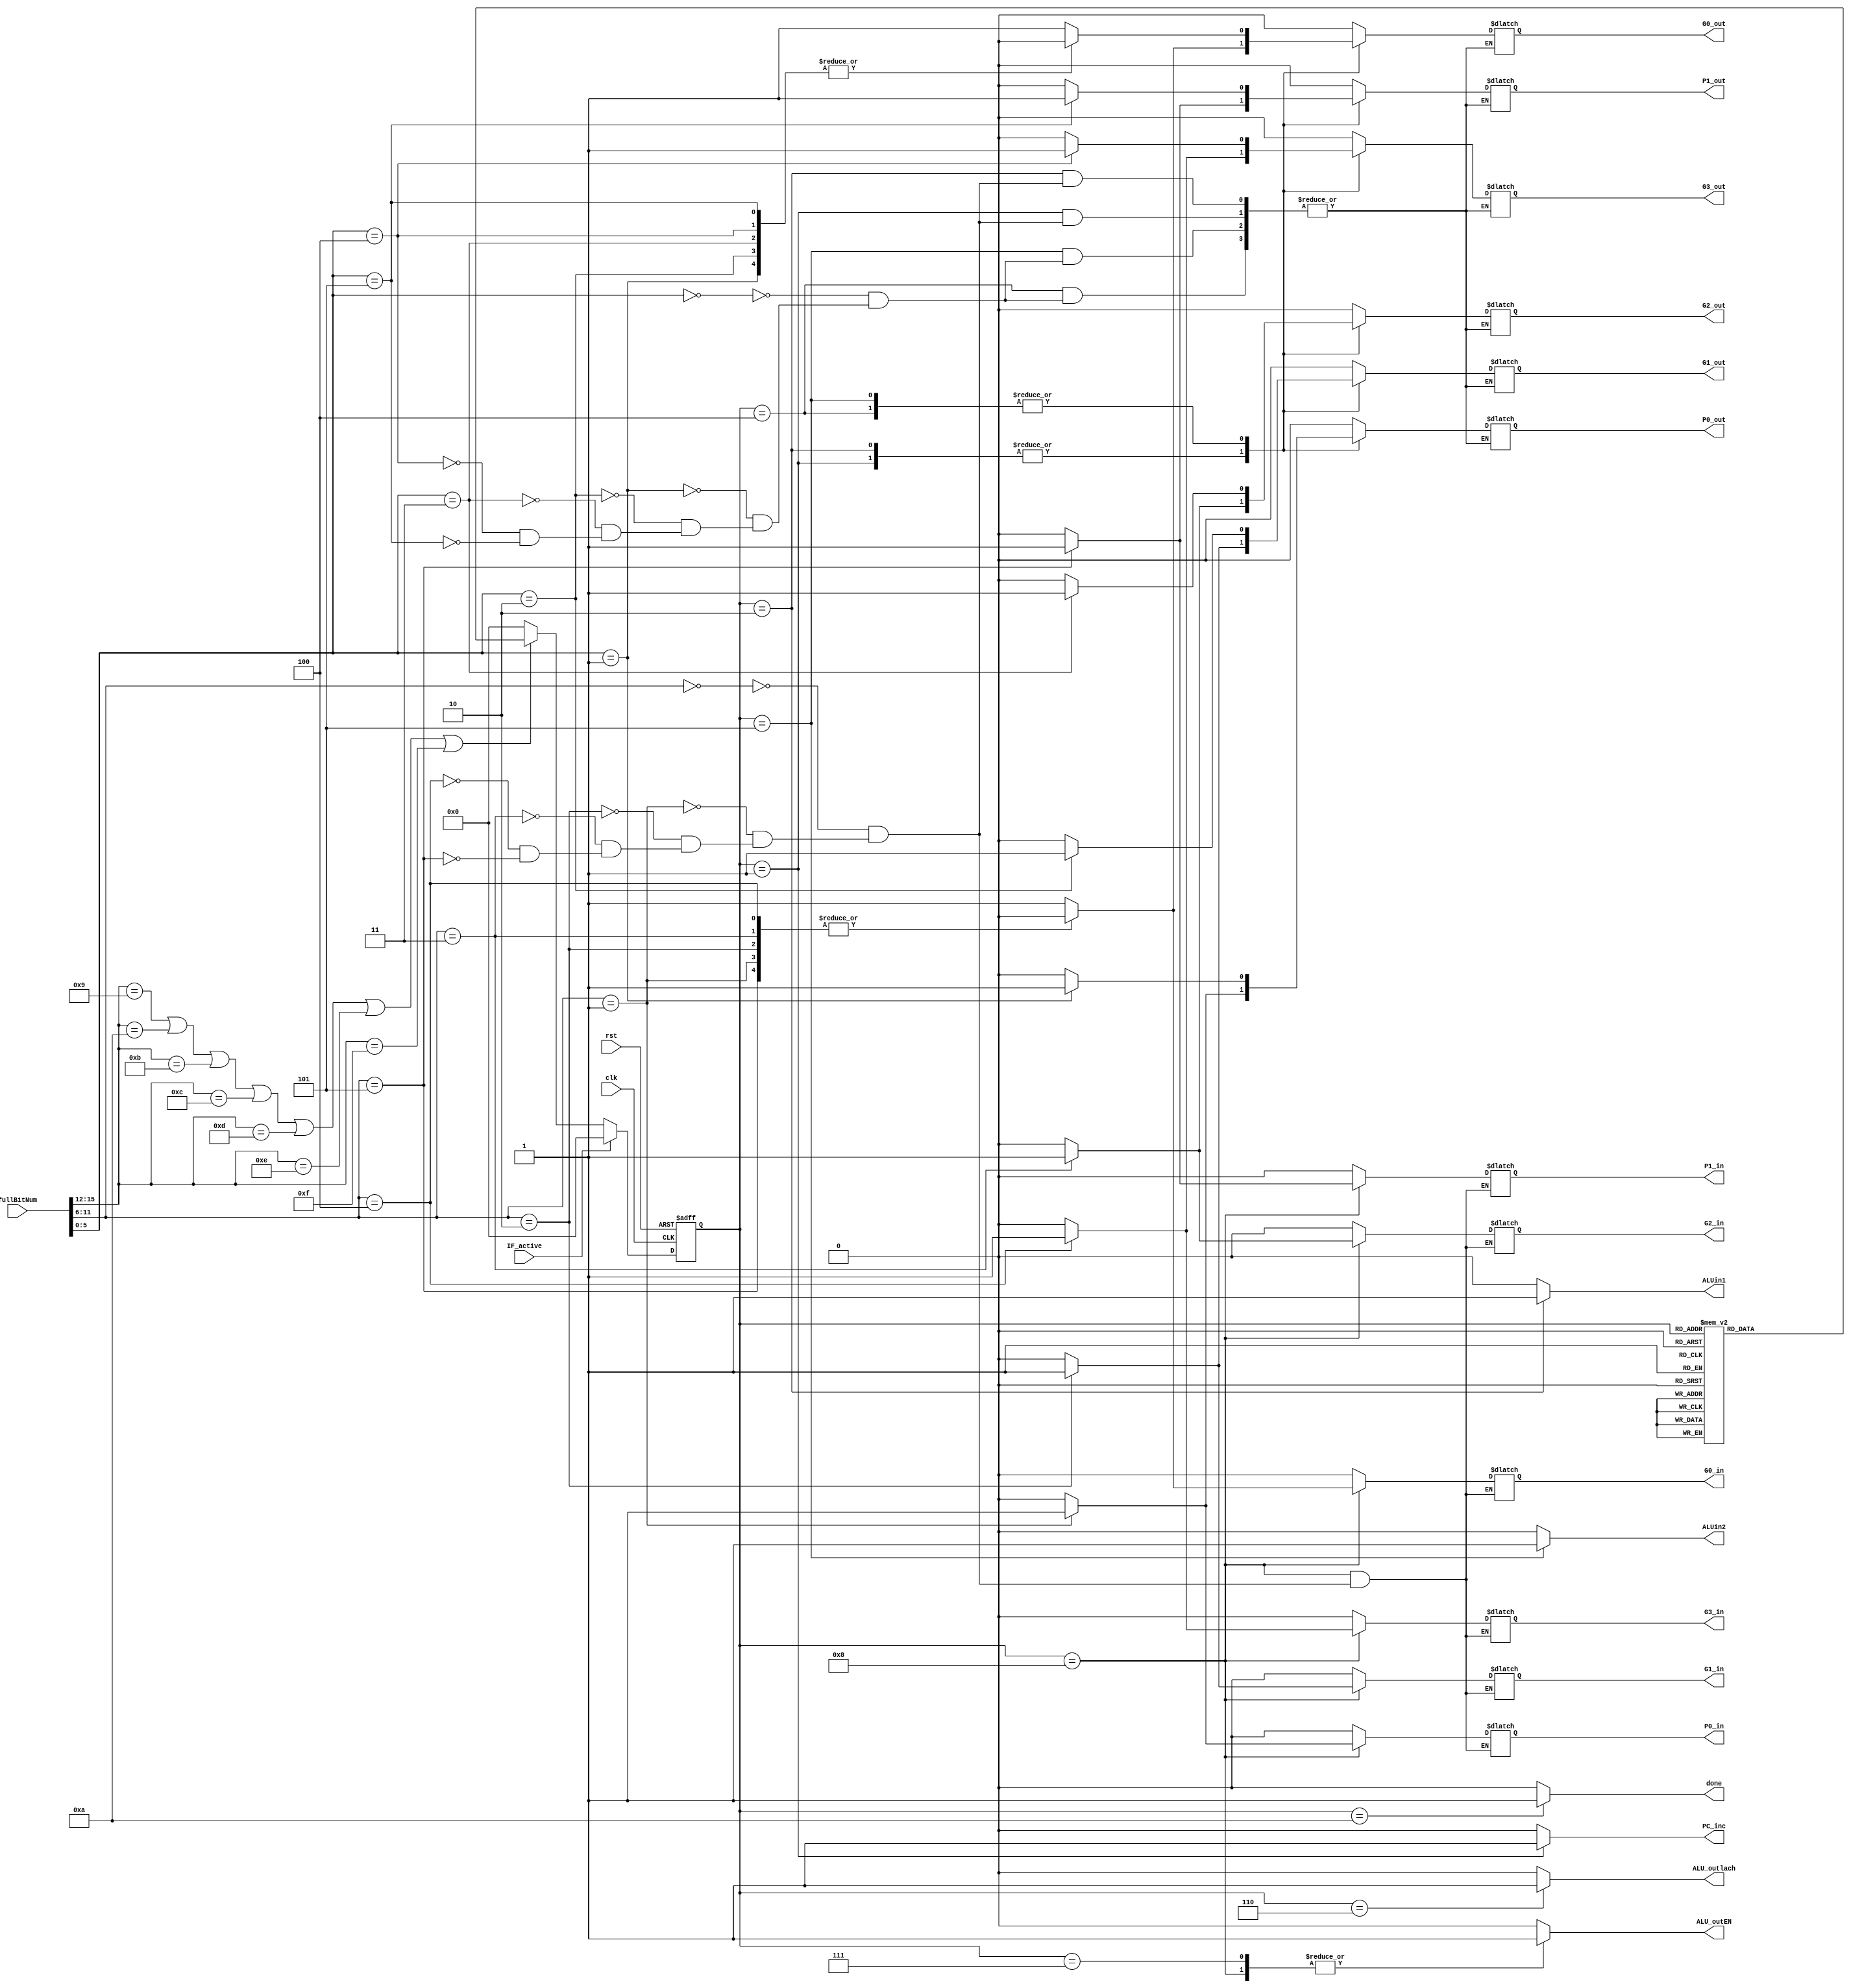
//Hayden Prater
//November 21, 2022
//ALU FSM

`timescale 1ns/10ps

module ALUfsm (clk, rst, fullBitNum, PC_inc, ALUin1, ALUin2, ALU_outlach, ALU_outEN, done,
                G0_in, G0_out, G1_in, G1_out, G2_in, G2_out, G3_in, G3_out, P0_in, P0_out, P1_in, P1_out, IF_active);
input clk, rst, IF_active;
input [15:0] fullBitNum;
output reg G0_in, G0_out, G1_in, G1_out, G2_in, G2_out, G3_in, G3_out, P0_in, P0_out, P1_in, P1_out;
output reg PC_inc, ALUin1, ALUin2, ALU_outlach, ALU_outEN, done;
reg [3:0] pres_state, next_state;
    parameter st0 = 4'b0000, st1 = 4'b0001, st2 = 4'b0010, st3 = 4'b0011, st4 = 4'b0100,
              st5 = 4'b0101, st6 = 4'b0110, st7 = 4'b0111, st8 = 4'b1000, st9 = 4'b1001,
              st10 = 4'b1010, st11 = 4'b1011;

wire [3:0]opCode = fullBitNum[15:12];
wire [5:0]param1 = fullBitNum[11:6]; 
wire [5:0]param2 = fullBitNum[5:0];

    always @(posedge clk or posedge rst) 
    begin
        if (rst)
            pres_state <= st0;
        else if (IF_active)
            pres_state <= st0;
        else if (opCode == 4'b1001 || opCode == 4'b1010 || opCode == 4'b1011 || opCode == 4'b1100 || opCode == 4'b1101 || opCode == 4'b1110 || opCode == 4'b1111)
            pres_state <= next_state;
        else 
            pres_state <= st0;
    end

     always @(pres_state) 
    begin
        case (pres_state)
           st0 : next_state <= st1;
           st1 : next_state <= st2;
           st2 : next_state <= st3;
           st3 : next_state <= st4;
           st4 : next_state <= st5;
           st5 : next_state <= st6;
           st6 : next_state <= st7;
           st7 : next_state <= st8;
           st8 : next_state <= st9;
           st9 : next_state <= st10;
           st10 : next_state <= st11;
           st11 : next_state <= st11;
        default: next_state <= st0;
        endcase
    end

    always @(pres_state) 
    begin
        case (pres_state)
//---------------------------st0-----------------------------
        st0: 
            begin
            PC_inc <= 0;
            //Gxout
            G0_out <= 0; G1_out <= 0; G2_out <= 0; G3_out <= 0; P0_out <= 0; P1_out <= 0;
            ALUin1 <= 0;
            ALUin2 <= 0;
            ALU_outlach <= 0;
            ALU_outEN <= 0;
            //Gxin
            G0_in <= 0; G1_in <= 0; G2_in <= 0; G3_in <= 0; P0_in <= 0; P1_in <= 0;
            done <= 0;
            end

//---------------------------st1----------------------------- 
        st1: 
            begin
            PC_inc <= 1;
            //Gxout
             case(param1)
            6'b000000: begin
                G0_out <= 1; G1_out <= 0; G2_out <= 0; G3_out <= 0; P0_out <= 0; P1_out <= 0;
                end
            6'b000001: begin
                G0_out <= 0; G1_out <= 0; G2_out <= 0; G3_out <= 0; P0_out <= 1; P1_out <= 0;
                end
            6'b000010: begin 
                G0_out <= 0; G1_out <= 1; G2_out <= 0; G3_out <= 0; P0_out <= 0; P1_out <= 0;
                end
            6'b000011: begin
                G0_out <= 0; G1_out <= 0; G2_out <= 1; G3_out <= 0; P0_out <= 0; P1_out <= 0;
                end
            6'b000100: begin
                G0_out <= 0; G1_out <= 0; G2_out <= 0; G3_out <= 1; P0_out <= 0; P1_out <= 0;
                end
            6'b000101: begin
                G0_out <= 0; G1_out <= 0; G2_out <= 0; G3_out <= 0; P0_out <= 0; P1_out <= 1;
                end
            endcase
            ALUin1 <= 0;
            ALUin2 <= 0;
            ALU_outlach <= 0;
            ALU_outEN <= 0;
            //Gxin
            G0_in <= 0; G1_in <= 0; G2_in <= 0; G3_in <= 0; P0_in <= 0; P1_in <= 0;
            done <= 0;
            end
//---------------------------st2-----------------------------
        st2: 
            begin
            PC_inc <= 0;
            //Gxout
             case(param1)
            6'b000000: begin
                G0_out <= 1; G1_out <= 0; G2_out <= 0; G3_out <= 0; P0_out <= 0; P1_out <= 0;
                end
            6'b000001: begin
                G0_out <= 0; G1_out <= 0; G2_out <= 0; G3_out <= 0; P0_out <= 1; P1_out <= 0;
                end
            6'b000010: begin 
                G0_out <= 0; G1_out <= 1; G2_out <= 0; G3_out <= 0; P0_out <= 0; P1_out <= 0;
                end
            6'b000011: begin
                G0_out <= 0; G1_out <= 0; G2_out <= 1; G3_out <= 0; P0_out <= 0; P1_out <= 0;
                end
            6'b000100: begin
                G0_out <= 0; G1_out <= 0; G2_out <= 0; G3_out <= 1; P0_out <= 0; P1_out <= 0;
                end
            6'b000101: begin
                G0_out <= 0; G1_out <= 0; G2_out <= 0; G3_out <= 0; P0_out <= 0; P1_out <= 1;
                end
            endcase
            ALUin1 <= 1;
            ALUin2 <= 0;
            ALU_outlach <= 0;
            ALU_outEN <= 0;
            //Gxin
            G0_in <= 0; G1_in <= 0; G2_in <= 0; G3_in <= 0; P0_in <= 0; P1_in <= 0;
            done <= 0;
            end
//---------------------------st3-----------------------------
        st3: 
            begin
            PC_inc <= 0;
            //Gxout
            G0_out <= 0; G1_out <= 0; G2_out <= 0; G3_out <= 0; P0_out <= 0; P1_out <= 0;
            ALUin1 <= 0;
            ALUin2 <= 0;
            ALU_outlach <= 0;
            ALU_outEN <= 0;
            //Gxin
            G0_in <= 0; G1_in <= 0; G2_in <= 0; G3_in <= 0; P0_in <= 0; P1_in <= 0;
            done <= 0;
            end
//---------------------------st4-----------------------------
        st4: 
            begin
           PC_inc <= 0;
            //Gxout
             case(param2)
            6'b000000: begin
                G0_out <= 1; G1_out <= 0; G2_out <= 0; G3_out <= 0; P0_out <= 0; P1_out <= 0;
                end
            6'b000001: begin
                G0_out <= 0; G1_out <= 0; G2_out <= 0; G3_out <= 0; P0_out <= 1; P1_out <= 0;
                end
            6'b000010: begin 
                G0_out <= 0; G1_out <= 1; G2_out <= 0; G3_out <= 0; P0_out <= 0; P1_out <= 0;
                end
            6'b000011: begin
                G0_out <= 0; G1_out <= 0; G2_out <= 1; G3_out <= 0; P0_out <= 0; P1_out <= 0;
                end
            6'b000100: begin
                G0_out <= 0; G1_out <= 0; G2_out <= 0; G3_out <= 1; P0_out <= 0; P1_out <= 0;
                end
            6'b000101: begin
                G0_out <= 0; G1_out <= 0; G2_out <= 0; G3_out <= 0; P0_out <= 0; P1_out <= 1;
                end
            endcase
            ALUin1 <= 0;
            ALUin2 <= 0;
            ALU_outlach <= 0;
            ALU_outEN <= 0;
            //Gxin
            G0_in <= 0; G1_in <= 0; G2_in <= 0; G3_in <= 0; P0_in <= 0; P1_in <= 0;
            done <= 0;
            end
//---------------------------st5-----------------------------
        st5: 
            begin
            PC_inc <= 0;
            //Gxout
             case(param2)
            6'b000000: begin
                G0_out <= 1; G1_out <= 0; G2_out <= 0; G3_out <= 0; P0_out <= 0; P1_out <= 0;
                end
            6'b000001: begin
                G0_out <= 0; G1_out <= 0; G2_out <= 0; G3_out <= 0; P0_out <= 1; P1_out <= 0;
                end
            6'b000010: begin 
                G0_out <= 0; G1_out <= 1; G2_out <= 0; G3_out <= 0; P0_out <= 0; P1_out <= 0;
                end
            6'b000011: begin
                G0_out <= 0; G1_out <= 0; G2_out <= 1; G3_out <= 0; P0_out <= 0; P1_out <= 0;
                end
            6'b000100: begin
                G0_out <= 0; G1_out <= 0; G2_out <= 0; G3_out <= 1; P0_out <= 0; P1_out <= 0;
                end
            6'b000101: begin
                G0_out <= 0; G1_out <= 0; G2_out <= 0; G3_out <= 0; P0_out <= 0; P1_out <= 1;
                end
            endcase
            ALUin1 <= 0;
            ALUin2 <= 1;
            ALU_outlach <= 0;
            ALU_outEN <= 0;
            //Gxin
            G0_in <= 0; G1_in <= 0; G2_in <= 0; G3_in <= 0; P0_in <= 0; P1_in <= 0;
            done <= 0;
            end
//---------------------------st6-----------------------------
        st6: 
            begin
            PC_inc <= 0;
            //Gxout
            G0_out <= 0; G1_out <= 0; G2_out <= 0; G3_out <= 0; P0_out <= 0; P1_out <= 0;
            ALUin1 <= 0;
            ALUin2 <= 0;
            ALU_outlach <= 1;
            ALU_outEN <= 0;
            //Gxin
            G0_in <= 0; G1_in <= 0; G2_in <= 0; G3_in <= 0; P0_in <= 0; P1_in <= 0;
            done <= 0;
            end
//---------------------------st7-----------------------------
        st7: 
            begin
            PC_inc <= 0;
            //Gxout
            G0_out <= 0; G1_out <= 0; G2_out <= 0; G3_out <= 0; P0_out <= 0; P1_out <= 0;
            ALUin1 <= 0;
            ALUin2 <= 0;
            ALU_outlach <= 0;
            ALU_outEN <= 1;
            //Gxin
            G0_in <= 0; G1_in <= 0; G2_in <= 0; G3_in <= 0; P0_in <= 0; P1_in <= 0;
            done <= 0;
            end
//---------------------------st8-----------------------------
        st8: 
            begin
            PC_inc <= 0;
            //Gxout
            G0_out <= 0; G1_out <= 0; G2_out <= 0; G3_out <= 0; P0_out <= 0; P1_out <= 0;
            ALUin1 <= 0;
            ALUin2 <= 0;
            ALU_outlach <= 0;
            ALU_outEN <= 1;
            //Gxin
            case(param1)
            6'b000000: begin
                G0_in <= 1; G1_in <= 0; G2_in <= 0; G3_in <= 0; P0_in <= 0; P1_in <= 0;
                end
            6'b000001: begin
                G0_in <= 0; G1_in <= 0; G2_in <= 0; G3_in <= 0; P0_in <= 1; P1_in <= 0;
                end
            6'b000010: begin 
                G0_in <= 0; G1_in <= 1; G2_in <= 0; G3_in <= 0; P0_in <= 0; P1_in <= 0;
                end
            6'b000011: begin
                G0_in <= 0; G1_in <= 0; G2_in <= 1; G3_in <= 0; P0_in <= 0; P1_in <= 0;
                end
            6'b000100: begin
                G0_in <= 0; G1_in <= 0; G2_in <= 0; G3_in <= 1; P0_in <= 0; P1_in <= 0;
            end
            6'b000101: begin
                G0_in <= 0; G1_in <= 0; G2_in <= 0; G3_in <= 0; P0_in <= 0; P1_in <= 1;
            end
            endcase
            done <= 0;
            end
//---------------------------st9-----------------------------
        st9: 
            begin
            PC_inc <= 0;
            //Gxout
            G0_out <= 0; G1_out <= 0; G2_out <= 0; G3_out <= 0; P0_out <= 0; P1_out <= 0;
            ALUin1 <= 0;
            ALUin2 <= 0;
            ALU_outlach <= 0;
            ALU_outEN <= 0;
            //Gxin
            G0_in <= 0; G1_in <= 0; G2_in <= 0; G3_in <= 0; P0_in <= 0; P1_in <= 0;
            done <= 0;
            end
//---------------------------st10-----------------------------
        st10: 
            begin
            PC_inc <= 0;
            //Gxout
            G0_out <= 0; G1_out <= 0; G2_out <= 0; G3_out <= 0; P0_out <= 0; P1_out <= 0;
            ALUin1 <= 0;
            ALUin2 <= 0;
            ALU_outlach <= 0;
            ALU_outEN <= 0;
            //Gxin
            G0_in <= 0; G1_in <= 0; G2_in <= 0; G3_in <= 0; P0_in <= 0; P1_in <= 0;
            done <= 1;
            end
//---------------------------st11-----------------------------
        st11: 
            begin
            PC_inc <= 0;
            //Gxout
            G0_out <= 0; G1_out <= 0; G2_out <= 0; G3_out <= 0; P0_out <= 0; P1_out <= 0;
            ALUin1 <= 0;
            ALUin2 <= 0;
            ALU_outlach <= 0;
            ALU_outEN <= 0;
            //Gxin
            G0_in <= 0; G1_in <= 0; G2_in <= 0; G3_in <= 0; P0_in <= 0; P1_in <= 0;
            done <= 0;
            end
//------------------------default-----------------------------
        default: 
            begin
            PC_inc <= 0;
            //Gxout
            G0_out <= 0; G1_out <= 0; G2_out <= 0; G3_out <= 0; P0_out <= 0; P1_out <= 0;
            ALUin1 <= 0;
            ALUin2 <= 0;
            ALU_outlach <= 0;
            ALU_outEN <= 0;
            //Gxin
            G0_in <= 0; G1_in <= 0; G2_in <= 0; G3_in <= 0; P0_in <= 0; P1_in <= 0;
            done <= 0;
            end
        endcase   
    end    
endmodule